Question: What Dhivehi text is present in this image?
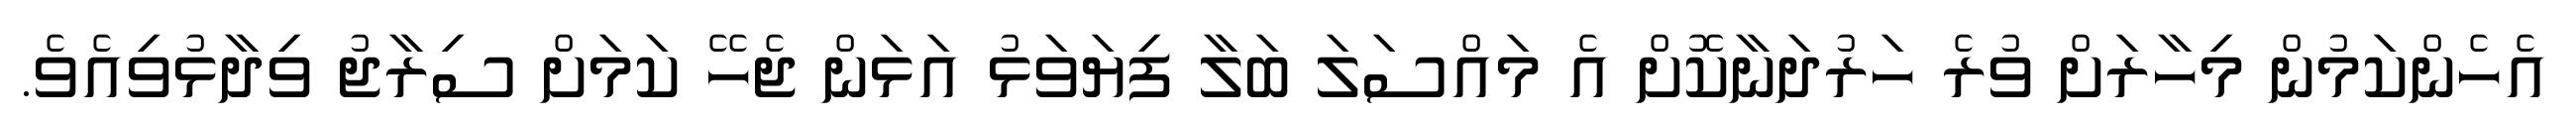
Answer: އެހެންކަމުން މިހާރަށް ވުރެ ހަރުދަނާކޮށް އެ މައްސަލަ ބަލާ ފިޔަވަޅު އަޅަން ޖެހޭ ކަމަށް ސިރާޖު ވިދާޅުވިއެވެ.